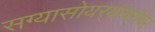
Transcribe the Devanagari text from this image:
सग्यासोयर्‍यांबरोबर